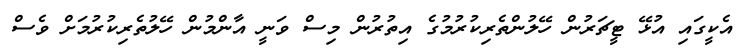
އެކީގައި އުޅޭ ޓީޗަރުން ހޭލުންތެރިކުރުމުގެ އިތުރުން މިސް ވަނީ އާންމުން ހޭލުތެރިކުރުމަށް ވެސް